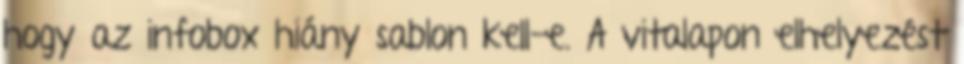
hogy az infobox hiány sablon kell-e. A vitalapon elhelyezést